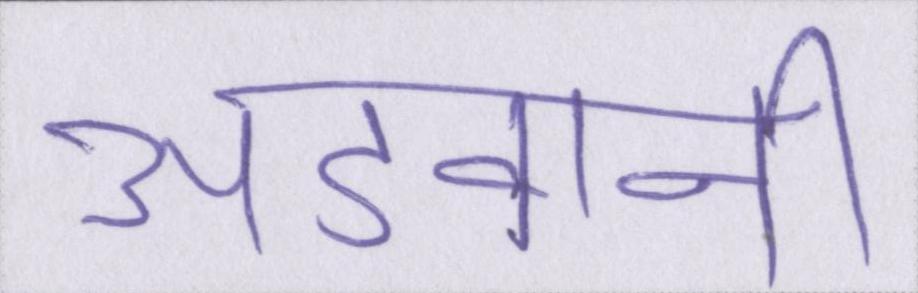
अडवानी